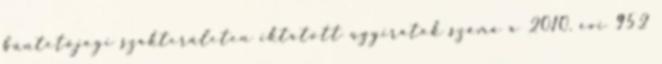
büntetőjogi szakterületen iktatott ügyiratok száma a 2010. évi 952